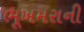
ભૂખમરાની